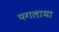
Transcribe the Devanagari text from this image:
पगलाया